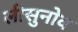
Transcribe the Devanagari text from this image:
लीसुनोव